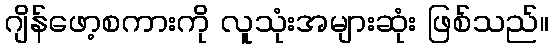
ဂျိန်ဖော့စကားကို လူသုံးအများဆုံး ဖြစ်သည်။